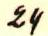
24